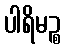
ပါရိမဉ္စ